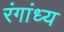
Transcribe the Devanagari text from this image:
रंगांध्य